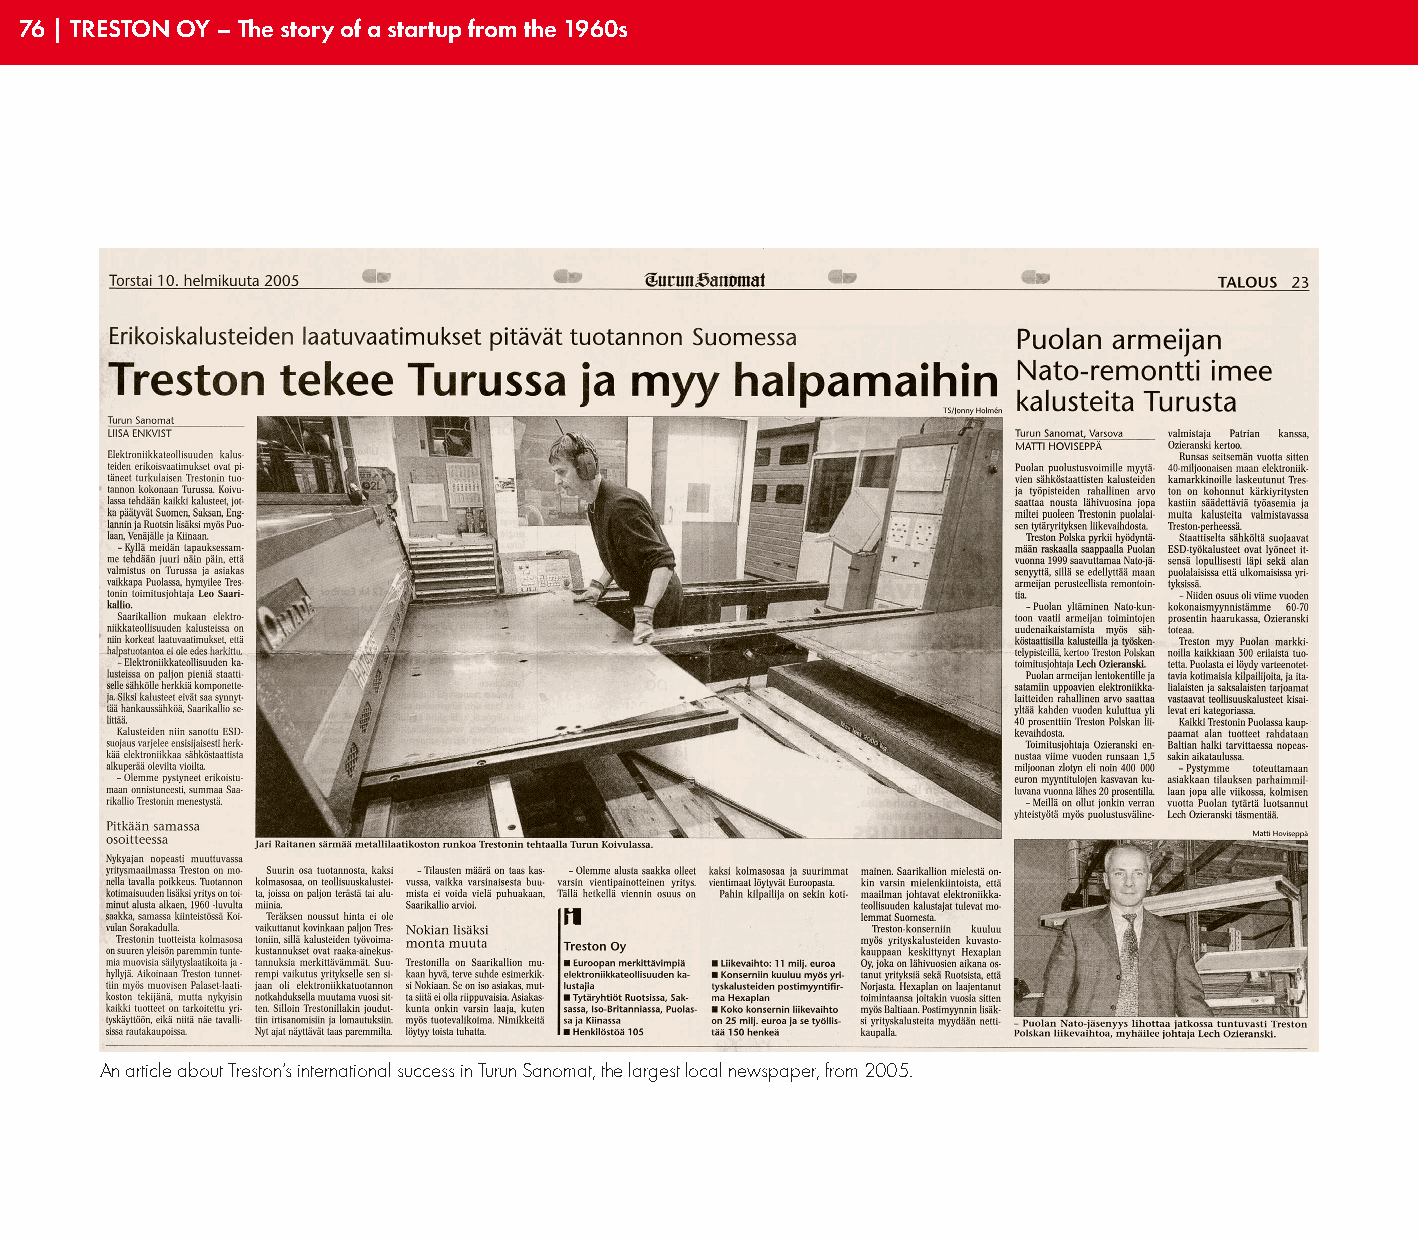
76 | TRESTON OY – The story of a startup from the 1960s
 An article about Treston’s international success in Turun Sanomat, the largest local newspaper, from 2005.